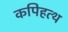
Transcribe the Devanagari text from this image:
कपिहत्थ